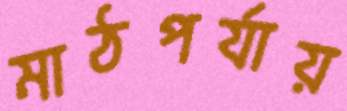
মাঠপর্যায়